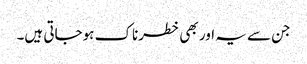
جن سے یہ اور بھی خطرناک ہوجاتی ہیں۔